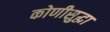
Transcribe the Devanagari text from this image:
कोणीसुद्धा